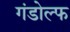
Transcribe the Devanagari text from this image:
गंडोल्फ